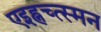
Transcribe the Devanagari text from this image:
एइह्नच्त्स्मन